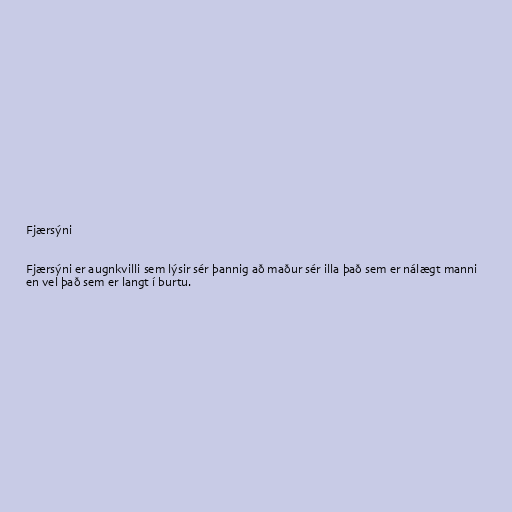
Fjærsýni

Fjærsýni er augnkvilli sem lýsir sér þannig að maður sér illa það sem er nálægt manni
en vel það sem er langt í burtu.